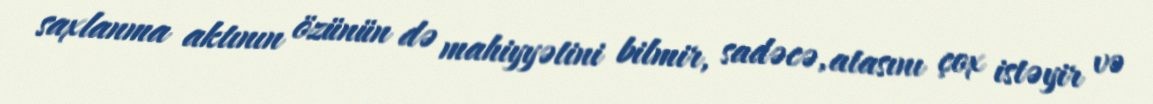
saxlanma aktının özünün də mahiyyətini bilmir, sadəcə, atasını çox istəyir və